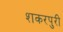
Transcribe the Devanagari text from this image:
शकरपुरी